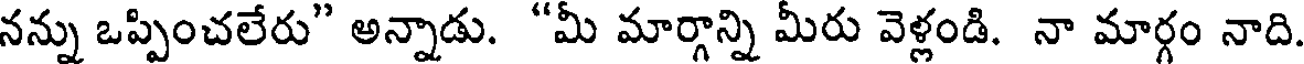
నన్ను ఒప్పించలేరు" అన్నాడు. "మీ మార్గాన్ని మీరు వెళ్లండి. నా మార్గం నాది